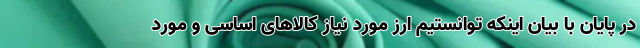
در پایان با بیان اینکه توانستیم ارز مورد نیاز کالاهای اساسی و مورد